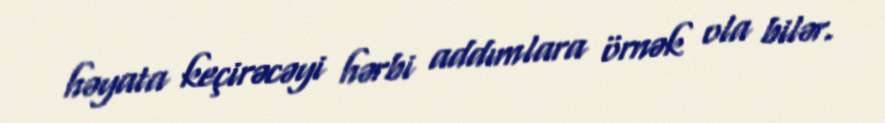
həyata keçirəcəyi hərbi addımlara örnək ola bilər.